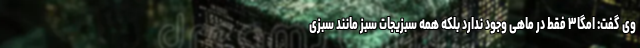
وی گفت: امگا۳ فقط در ماهی وجود ندارد بلکه همه سبزیجات سبز مانند سبزی